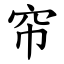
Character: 帘